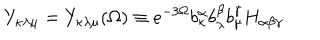
LaTeX: Y _ { \kappa \lambda \mu } = Y _ { \kappa \lambda \mu } ( \Omega ) \equiv e ^ { - 3 \Omega } b _ { \kappa } ^ { \alpha } b _ { \lambda } ^ { \beta } b _ { \mu } ^ { \gamma } H _ { \alpha \beta \gamma } .